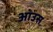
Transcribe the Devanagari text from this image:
आंउस